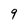
Character: 9